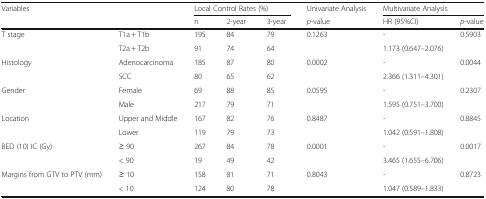
<table><thead><tr><td rowspan="2" colspan="2"><b>Variables</b></td><td colspan="3"><b>Local Control Rates (%)</b></td><td><b>Univariate Analysis</b></td><td colspan="2"><b>Multivariate Analysis</b></td></tr><tr><td><b>n</b></td><td><b>2-year</b></td><td><b>3-year</b></td><td><b><i>p</i>-value</b></td><td><b>HR (95%CI)</b></td><td><b><i>p</i>-value</b></td></tr></thead><tbody><tr><td rowspan="2">T stage</td><td>T1a + T1b</td><td>195</td><td>84</td><td>79</td><td>0.1263</td><td>-</td><td>0.5903</td></tr><tr><td>T2a + T2b</td><td>91</td><td>74</td><td>64</td><td></td><td>1.173 (0.647–2.076)</td><td></td></tr><tr><td rowspan="2">Histology</td><td>Adenocarcinoma</td><td>185</td><td>87</td><td>80</td><td>0.0002</td><td>-</td><td>0.0044</td></tr><tr><td>SCC</td><td>80</td><td>65</td><td>62</td><td></td><td>2.366 (1.311–4.301)</td><td></td></tr><tr><td rowspan="2">Gender</td><td>Female</td><td>69</td><td>88</td><td>85</td><td>0.0595</td><td>-</td><td>0.2307</td></tr><tr><td>Male</td><td>217</td><td>79</td><td>71</td><td></td><td>1.595 (0.751–3.700)</td><td></td></tr><tr><td rowspan="2">Location</td><td>Upper and Middle</td><td>167</td><td>82</td><td>76</td><td>0.8487</td><td>-</td><td>0.8845</td></tr><tr><td>Lower</td><td>119</td><td>79</td><td>73</td><td></td><td>1.042 (0.591–1.808)</td><td></td></tr><tr><td rowspan="2">BED (10) IC (Gy)</td><td>≥ 90</td><td>267</td><td>84</td><td>78</td><td>0.0001</td><td>-</td><td>0.0017</td></tr><tr><td>&lt; 90</td><td>19</td><td>49</td><td>42</td><td></td><td>3.465 (1.655–6.706)</td><td></td></tr><tr><td rowspan="2">Margins from GTV to PTV (mm)</td><td>≥ 10</td><td>158</td><td>81</td><td>71</td><td>0.8043</td><td>-</td><td>0.8723</td></tr><tr><td>&lt; 10</td><td>124</td><td>80</td><td>78</td><td></td><td>1.047 (0.589–1.833)</td><td></td></tr></tbody></table>